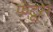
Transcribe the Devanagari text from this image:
फंटूस